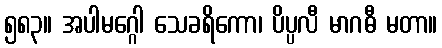
၅၈၃။ အပါမဂ္ဂေါ သေခရိကော၊ ပိပ္ပလီ မာဂဓီ မတာ။